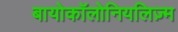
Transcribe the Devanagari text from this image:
बायोकॉलोनियलिज़्म